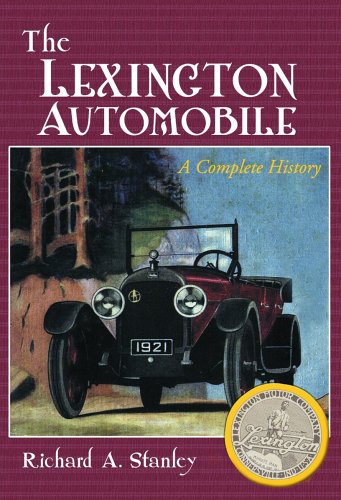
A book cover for The Lexington Automobile: A Complete History; Richard A. Stanley; Travel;